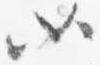
如